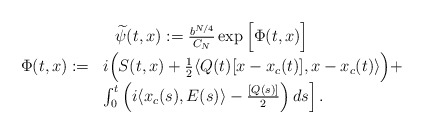
\begin{align*} \begin{array}{c}\widetilde{\psi}(t,x):= \frac{b^{N/4}}{C_N} \exp\Big[ \Phi(t,x) \Big] \\\begin{array}{ll}\Phi(t,x):= & i \Big( S(t,x)+\frac{1}{2}\langle Q(t) [x-x_c(t)],x-x_c(t)\rangle \Big) +\\ & \int_0^t \left(i \langle x_c(s),E(s)\rangle - \frac{[Q(s)]}{2} \right) ds \Big]\,.\end{array}\end{array}\end{align*}